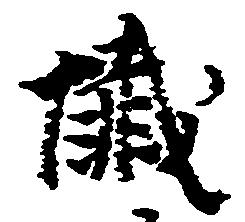
懺